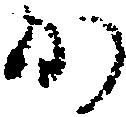
か